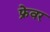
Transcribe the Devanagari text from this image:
फ्रेवर